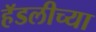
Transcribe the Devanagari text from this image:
हॅडलीच्या